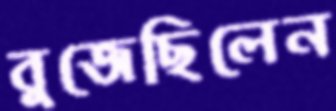
বুজেছিলেন